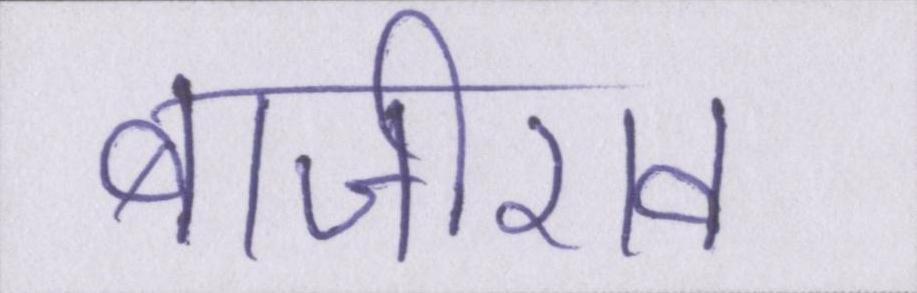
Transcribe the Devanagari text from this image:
बाजीराव